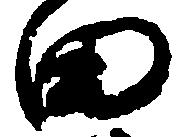
田